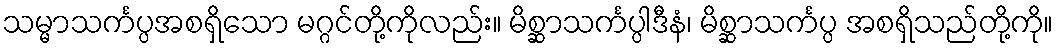
သမ္မာသင်္ကပ္ပအစရှိသော မဂ္ဂင်တို့ကိုလည်း။ မိစ္ဆာသင်္ကပ္ပါဒီနံ၊ မိစ္ဆာသင်္ကပ္ပ အစရှိသည်တို့ကို။